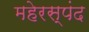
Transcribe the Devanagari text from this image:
महेरस्पंद